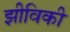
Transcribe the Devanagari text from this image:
झीविकी